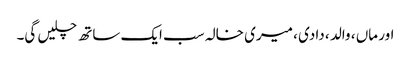
اور ماں ، والد ، دادی ، میری خالہ سب ایک ساتھ چلیں گی۔